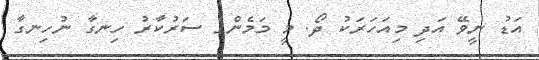
އަޑު ނީވޭ އަދި މިއަހަރަކު ދޯ. މީ މަމެންގެ ސަރުކާރު ހިނގާ ނުހިނގާ